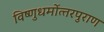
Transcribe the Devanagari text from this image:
विष्‍णुधर्मोत्‍तरपुराण